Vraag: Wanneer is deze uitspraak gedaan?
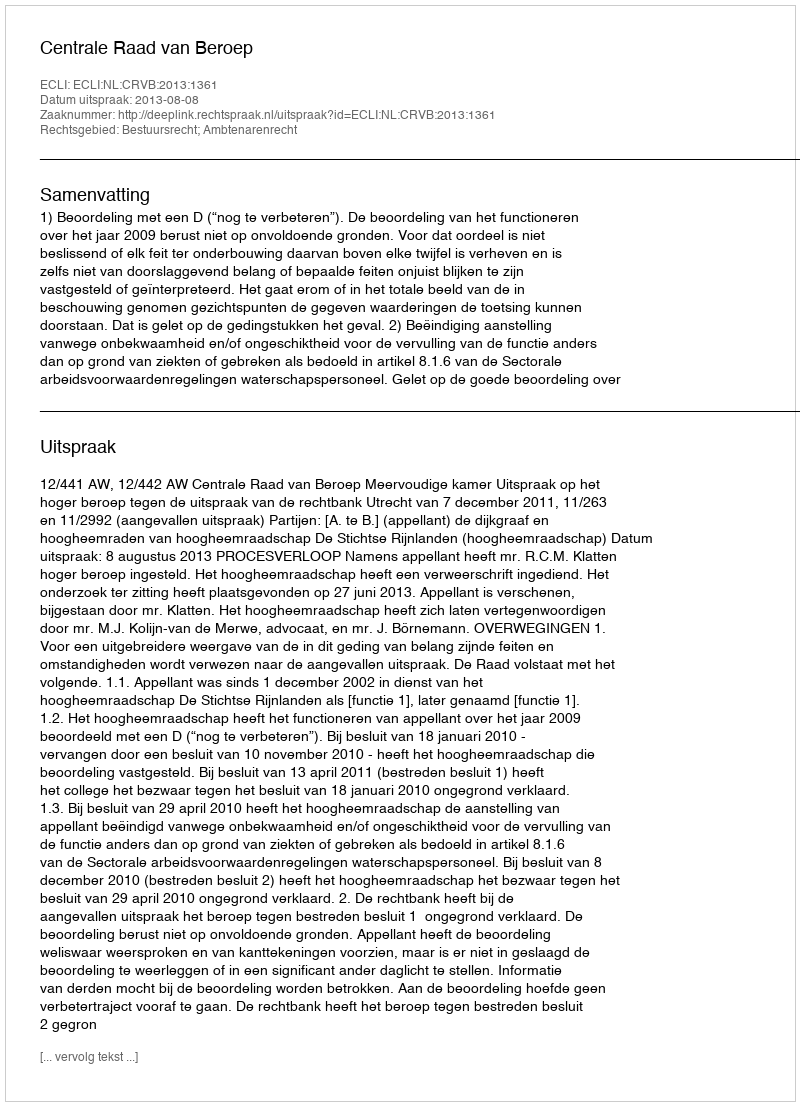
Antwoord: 2013-08-08